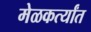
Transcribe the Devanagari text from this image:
मेळकर्त्यांत